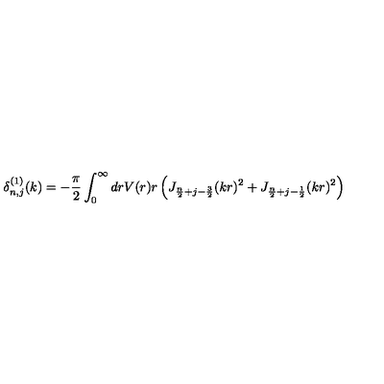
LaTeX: \delta _ { n , j } ^ { ( 1 ) } ( k ) = - \frac { \pi } { 2 } \int _ { 0 } ^ { \infty } d r V ( r ) r \left( J _ { \frac { n } { 2 } + j - \frac { 3 } { 2 } } ( k r ) ^ { 2 } + J _ { \frac { n } { 2 } + j - \frac { 1 } { 2 } } ( k r ) ^ { 2 } \right)